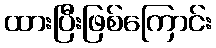
ထားပြီးဖြစ်ကြောင်း